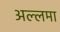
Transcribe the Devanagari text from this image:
अल्लमा